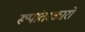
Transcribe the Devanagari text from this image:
रूपांतरकारों